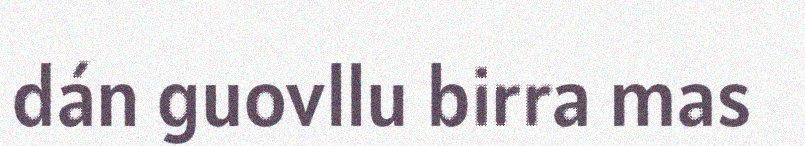
dán guovllu birra mas